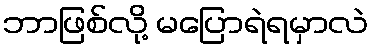
ဘာဖြစ်လို့ မပြောရဲရမှာလဲ